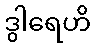
ဒွါရေဟိ